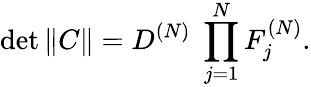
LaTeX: \operatorname*{det}\| C\| =D^{(N)}\; \prod_{j=1}^{N}F_{j}^{(N)}.